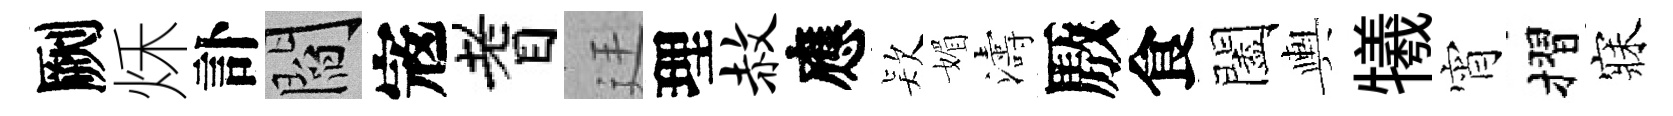
劂秌訃閻𡨥耆廷理赦應𣣇媚濤厫食闔輿犧宵摺寐